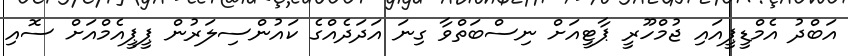
އަބްދު އެމްޑީޕީއައި ޖުމްހޫރީ ޕާޓީއަށް ނިސްބަތްވާ ގިނަ އަދަދެއްގެ ކައުންސިލަރުން ޕީޕީއެމްއަށް ސޮއި